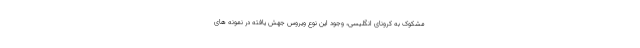
مشکوک به کرونای انگلیسی، وجود این نوع ویروس جهش یافته در نمونه های